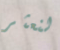
لنعثر